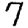
Digit: 7